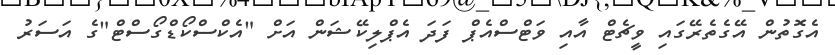
އެގޮތުން އޭގެތެރޭގައި ވީޗެޓް އާއި ވަޓްސްއެޕް ފަދަ އެޕްލިކޭޝަން އަށް "އެކްސްކޯޑްގޯސްޓް"ގެ އަސަރު